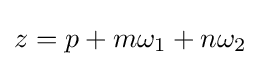
z=p+m\omega _{1}+n\omega _{2}